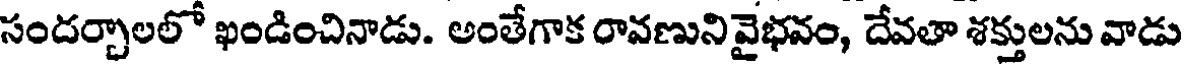
సందర్చాలలో ఖండించినాడు. అంతేగాక రావణునివైభవం, దేవతా శక్తులను వాడు